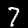
Digit: 7